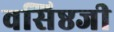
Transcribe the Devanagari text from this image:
वसिष्ठजी